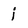
Character: j